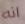
انه